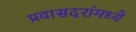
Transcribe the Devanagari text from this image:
प्रवासदरांमध्ये